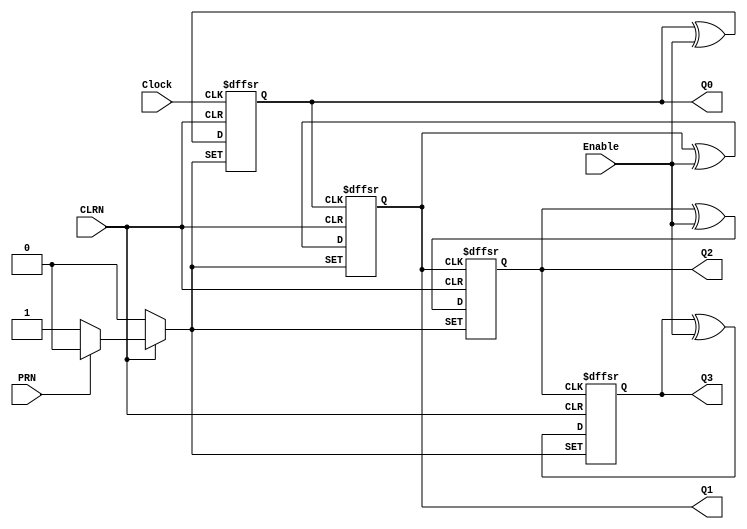
// Copyright (C) 2020  Intel Corporation. All rights reserved.
// Your use of Intel Corporation's design tools, logic functions 
// and other software and tools, and any partner logic 
// functions, and any output files from any of the foregoing 
// (including device programming or simulation files), and any 
// associated documentation or information are expressly subject 
// to the terms and conditions of the Intel Program License 
// Subscription Agreement, the Intel Quartus Prime License Agreement,
// the Intel FPGA IP License Agreement, or other applicable license
// agreement, including, without limitation, that your use is for
// the sole purpose of programming logic devices manufactured by
// Intel and sold by Intel or its authorized distributors.  Please
// refer to the applicable agreement for further details, at
// https://fpgasoftware.intel.com/eula.

// PROGRAM		"Quartus Prime"
// VERSION		"Version 20.1.0 Build 711 06/05/2020 SJ Standard Edition"
// CREATED		"Thu Nov 12 12:45:53 2020"

module lab10step3a(
	PRN,
	Enable,
	Clock,
	CLRN,
	Q3,
	Q0,
	Q1,
	Q2
);


input wire	PRN;
input wire	Enable;
input wire	Clock;
input wire	CLRN;
output reg	Q3;
output wire	Q0;
output wire	Q1;
output wire	Q2;

wire	SYNTHESIZED_WIRE_0;
wire	SYNTHESIZED_WIRE_1;
wire	SYNTHESIZED_WIRE_2;
reg	TFF_inst;
reg	TFF_inst1;
reg	TFF_inst2;

assign	Q0 = TFF_inst;
assign	Q1 = TFF_inst1;
assign	Q2 = TFF_inst2;




always@(posedge Clock or negedge CLRN or negedge PRN)
begin
if (!CLRN)
	begin
	TFF_inst <= 0;
	end
else
if (!PRN)
	begin
	TFF_inst <= 1;
	end
else
	TFF_inst <= TFF_inst ^ Enable;
end


always@(posedge SYNTHESIZED_WIRE_0 or negedge CLRN or negedge PRN)
begin
if (!CLRN)
	begin
	TFF_inst1 <= 0;
	end
else
if (!PRN)
	begin
	TFF_inst1 <= 1;
	end
else
	TFF_inst1 <= TFF_inst1 ^ Enable;
end


always@(posedge SYNTHESIZED_WIRE_1 or negedge CLRN or negedge PRN)
begin
if (!CLRN)
	begin
	TFF_inst2 <= 0;
	end
else
if (!PRN)
	begin
	TFF_inst2 <= 1;
	end
else
	TFF_inst2 <= TFF_inst2 ^ Enable;
end


always@(posedge SYNTHESIZED_WIRE_2 or negedge CLRN or negedge PRN)
begin
if (!CLRN)
	begin
	Q3 <= 0;
	end
else
if (!PRN)
	begin
	Q3 <= 1;
	end
else
	Q3 <= Q3 ^ Enable;
end

assign	SYNTHESIZED_WIRE_0 =  ~TFF_inst;

assign	SYNTHESIZED_WIRE_1 =  ~TFF_inst1;

assign	SYNTHESIZED_WIRE_2 =  ~TFF_inst2;


endmodule